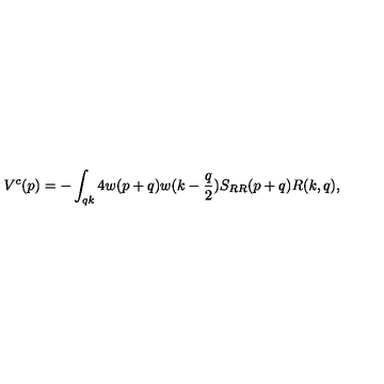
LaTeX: V ^ { c } ( p ) = - \int _ { q k } 4 w ( p + q ) w ( k - { \frac { q } { 2 } } ) S _ { R R } ( p + q ) R ( k , q ) ,